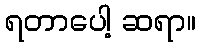
ရတာပေါ့ ဆရာ။